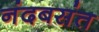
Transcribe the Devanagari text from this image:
नंदबसंत